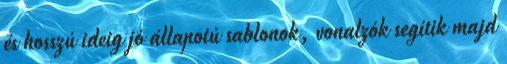
és hosszú ideig jó állapotú sablonok, vonalzók segítik majd